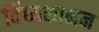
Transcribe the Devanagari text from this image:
विंध्यकानन